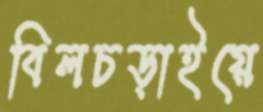
বিলচড়াইয়ে